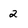
Character: 2